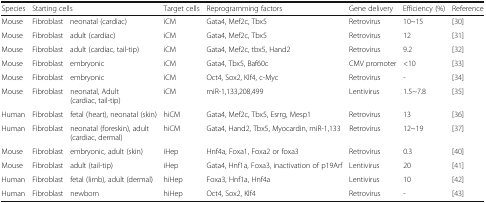
| Species | <COLSPAN=2> Starting cells | Target cells | Reprogramming factors | Gene delivery | Efficiency (%) | Reference |
 | --- | --- | --- | --- | --- | --- | --- | --- |
 | Mouse | Fibroblast | neonatal (cardiac) | iCM | Gata4, Mef2c, Tbx5 | Retrovirus | 10~15 | [30] |
 | Mouse | Fibroblast | adult (cardiac) | iCM | Gata4, Mef2c, Tbx5 | Retrovirus | 12 | [31] |
 | Mouse | Fibroblast | adult (cardiac, tail-tip) | iCM | Gata4, Mef2c, tbx5, Hand2 | Retrovirus | 9.2 | [32] |
 | Mouse | Fibroblast | embryonic | iCM | Gata4, Tbx5, Baf60c | CMV promoter | <10 | [33] |
 | Mouse | Fibroblast | embryonic | iCM | Oct4, Sox2, Klf4, c-Myc | Retrovirus | - | [34] |
 | Mouse | Fibroblast | neonatal, Adult (cardiac, tail-tip) | iCM | miR-1,133,208,499 | Lentivirus | 1.5~7.8 | [35] |
 | Human | Fibroblast | fetal (heart), neonatal (skin) | hiCM | Gata4, Mef2c, Tbx5, Esrrg, Mesp1 | Retrovirus | 13 | [36] |
 | Human | Fibroblast | neonatal (foreskin), adult (cardiac, dermal) | hiCM | Gata4, Hand2, Tbx5, Myocardin, miR-1,133 | Retrovirus | 12~19 | [37] |
 | Mouse | Fibroblast | embryonic, adult (skin) | iHep | Hnf4a, Foxa1, Foxa2 or foxa3 | Retrovirus | 0.3 | [40] |
 | Mouse | Fibroblast | adult (tail-tip) | iHep | Gata4, Hnf1a, Foxa3, inactivation of p19Arf | Lentivirus | 20 | [41] |
 | Human | Fibroblast | fetal (limb), adult (dermal) | hiHep | Foxa3, Hnf1a, Hnf4a | Lentivirus | 10 | [42] |
 | Human | Fibroblast | newborn | hiHep | Oct4, Sox2, Klf4 | Retrovirus | - | [43] |